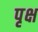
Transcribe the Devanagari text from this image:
पृक्ष